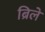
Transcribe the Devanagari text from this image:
ब्रिले